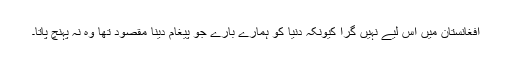
افغانستان میں اس لیے نہیں گرا کیونکہ دنیا کو ہمارے بارے جو پیغام دینا مقصود تھا وہ نہ پہنچ پاتا۔